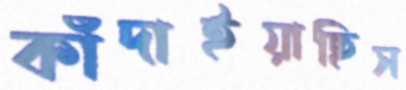
কাঁদাইয়াছিস